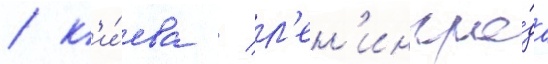
/ к'и́ева / л'ен'ингра́да